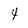
Character: 4